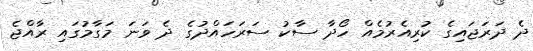
ދެ ދަރަޖައިގެ ކުރިއެރުމެއް ހޯދާ ސާކު ސަރަހައްދުގެ ދެ ވަނަ މަގާމުގައި ރާއްޖެ